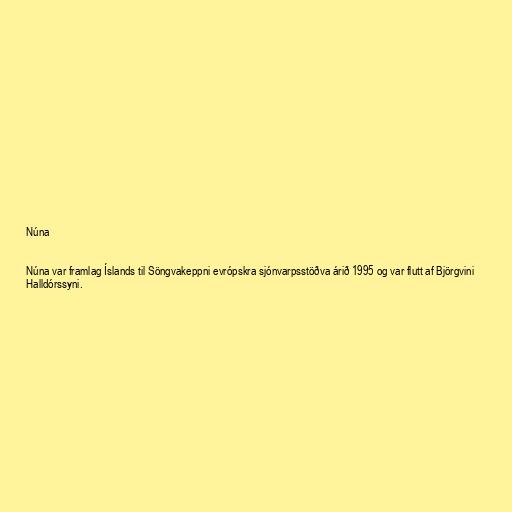
Núna

Núna var framlag Íslands til Söngvakeppni evrópskra sjónvarpsstöðva árið 1995 og var flutt af Björgvini
Halldórssyni.